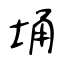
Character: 埇